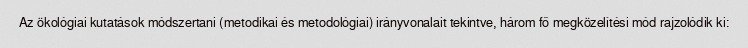
Az ökológiai kutatások módszertani (metodikai és metodológiai) irányvonalait tekintve, három fő megközelítési mód rajzolódik ki: